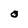
Character: O